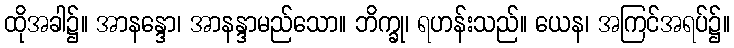
ထိုအခါ၌။ အာနန္ဒော၊ အာနန္ဒာမည်သော။ ဘိက္ခု၊ ရဟန်းသည်။ ယေန၊ အကြင်အရပ်၌။